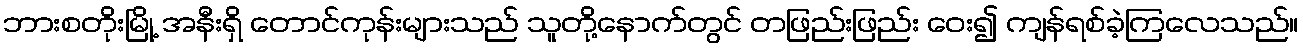
ဘားစတိုးမြို့ အနီးရှိ တောင်ကုန်းများသည် သူတို့နောက်တွင် တဖြည်းဖြည်း ဝေး၍ ကျန်ရစ်ခဲ့ကြလေသည်။